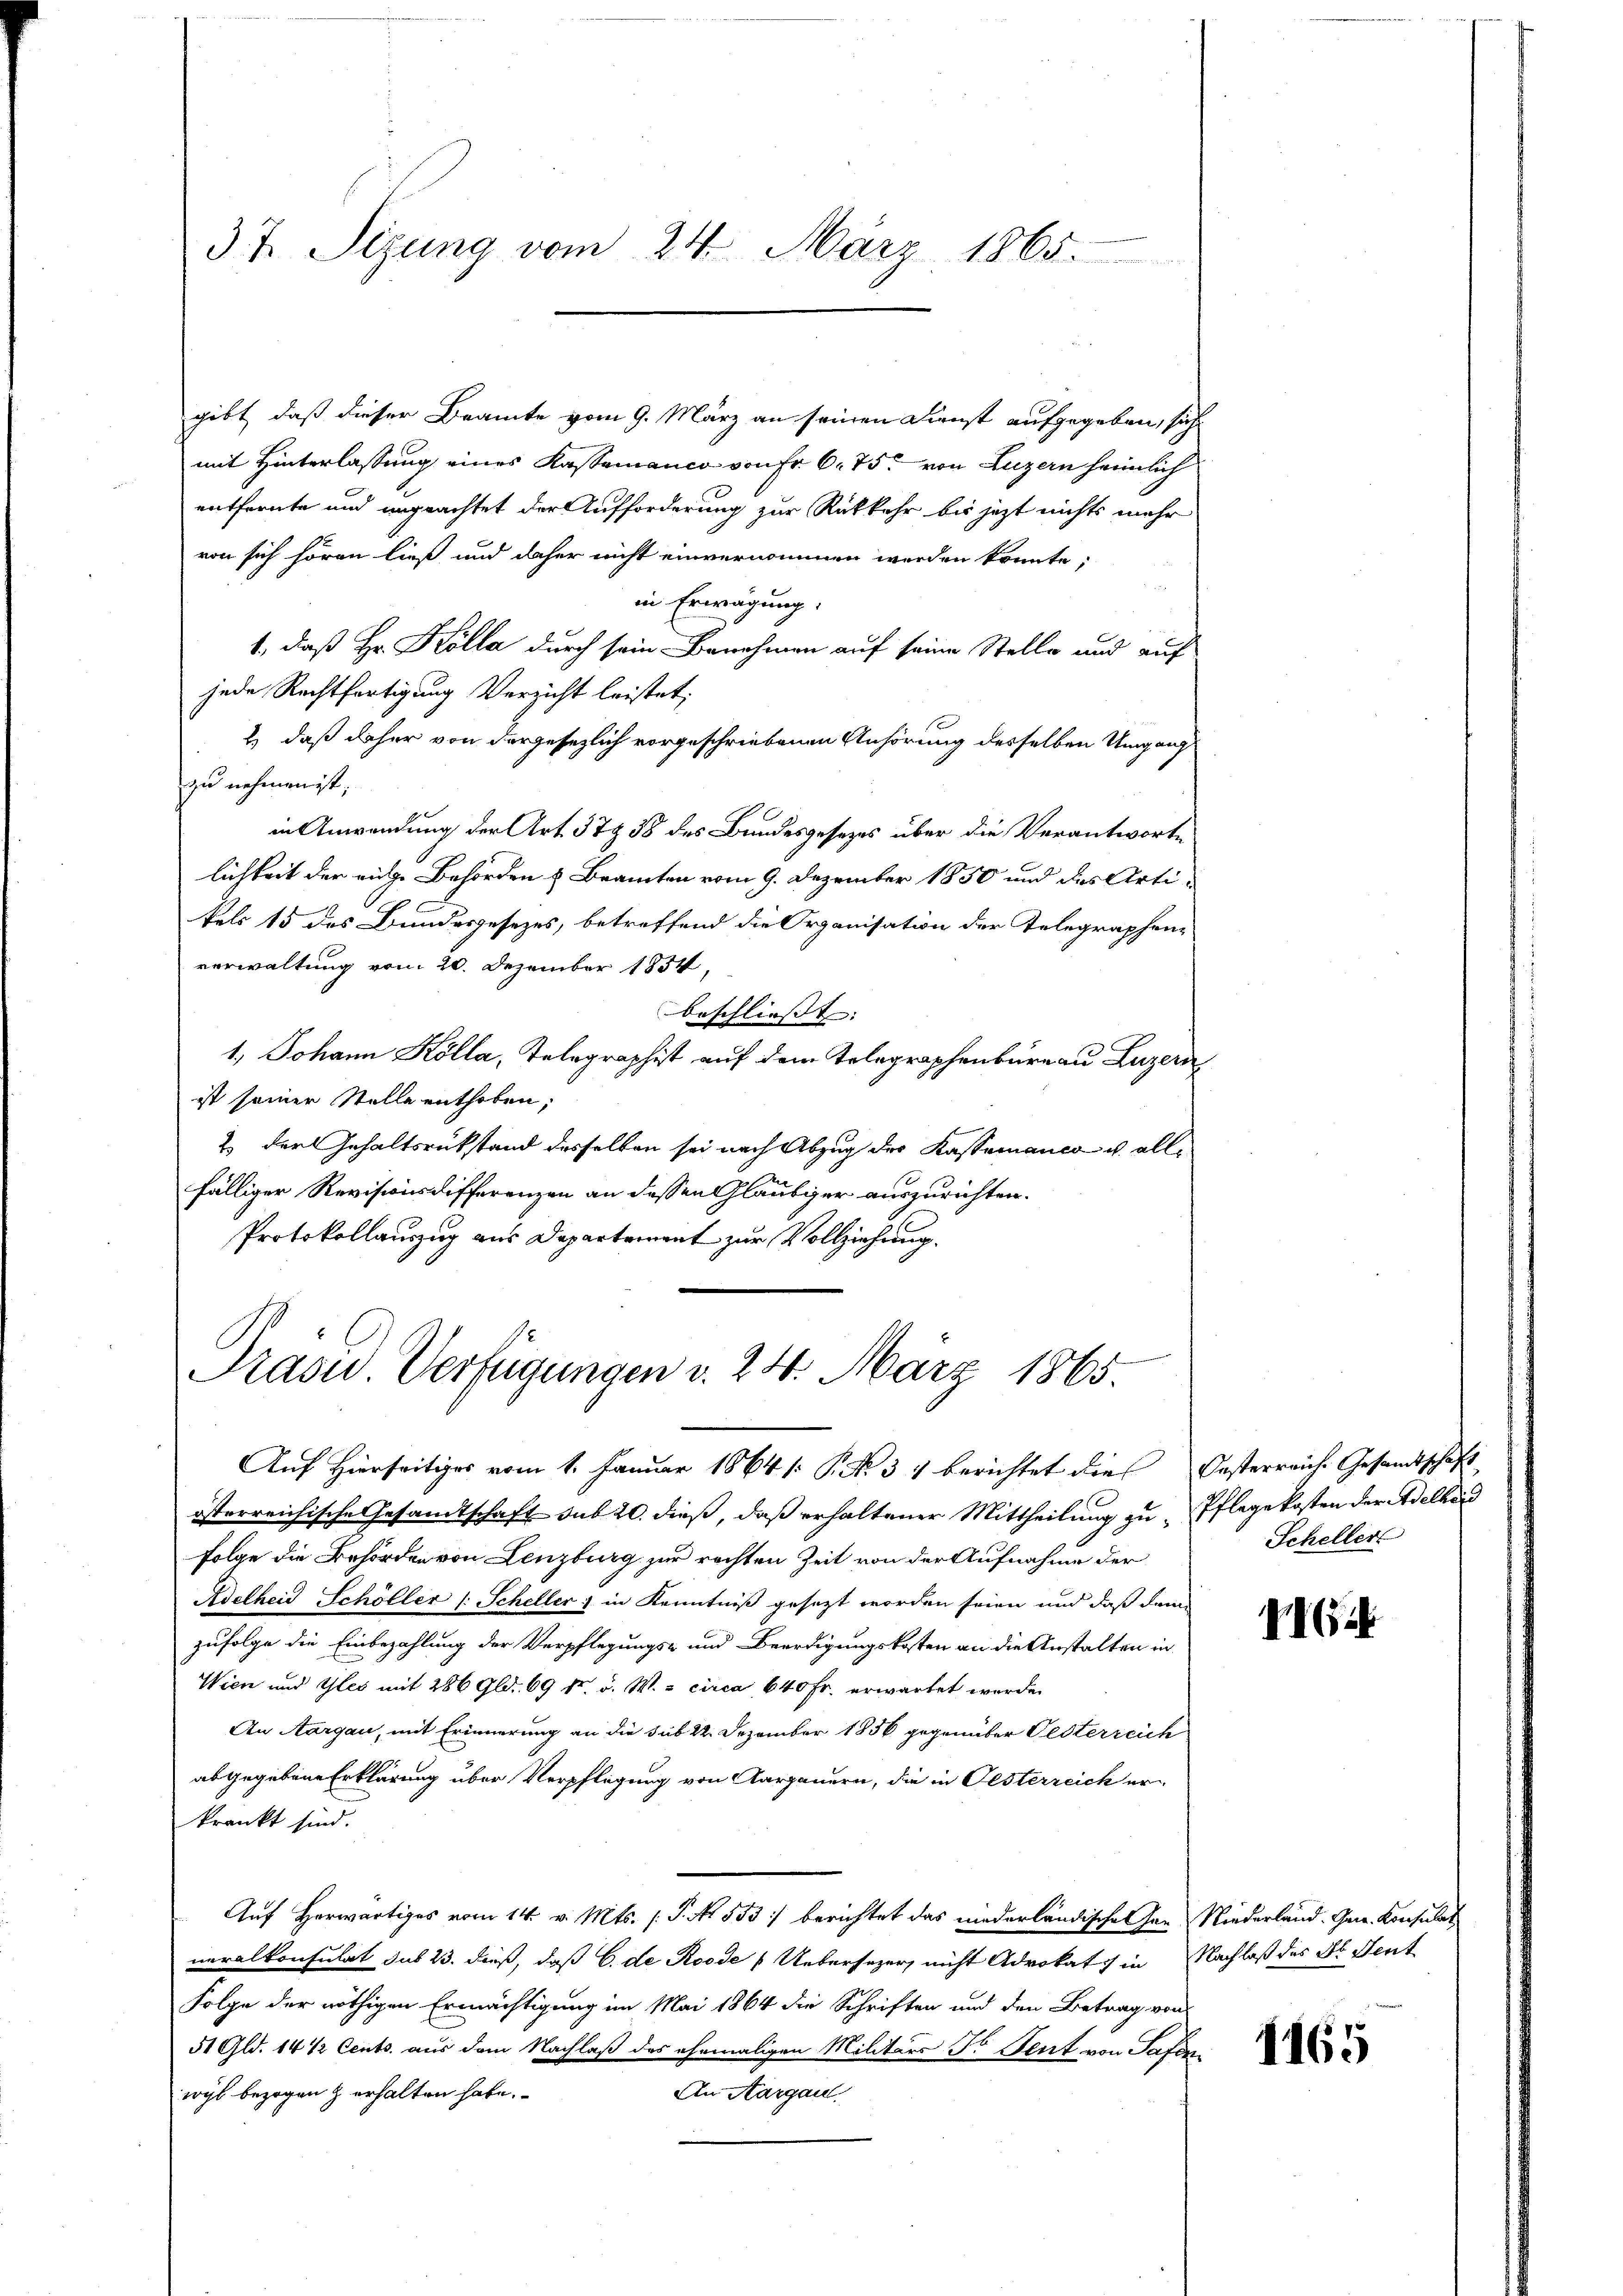
37. Sizung vom 24. März 1865.

gibt, daß dieser Beamte vom 9. März an seinen Dienst aufgegeben, sich
mit Hinterlassung eines Kassamanco von Fr. 6. 75. von Luzern heimlich
entfernte und ungeachtet der Aufforderung zur Rückkehr bis jezt nichts mehr
von sich hören ließ und daher nicht einvernommen werden könnte;
in Erwägung.
1., daß Hr. Kölla durch sein Benehmen auf seine Stelle und auf
jede Rechtfertigung Verzicht leistet;
2) daß daher von dergesezlich vorgeschriebenen Anhörung desselben Umgang
zu nehmen ist,
in Anwendung der Art. 37 38 des Bundesgesetzes über die Verantworte
lichkeit der eige Behörden & Beamten vom 9. Dezember 1850 und das Artikels 15 des Bundesgesezes, betreffend die Organisation der Telegraphen-
verwaltung von 20. Dezember 1854,
beschliesst:
1, Johann Kölla, Telegraphist auf dem Telegraphenbureau Luzern
ist seiner Stelle enthoben;
2. Der Gehaltsrükstand desselben sei nach Abzug der Kassemanco v. allfälliger Revisionsdifferenzen an dessen Gläubiger auszurichten.
Protokollanzug aus Departement zur Vollziehung.

e
Präsid.. Verfügungen v. 24. März 1865.

Auf Hierseitiges vom 1. Januar 1864 /: P. No. 34 berichtet die Oesterreiche Gesandtschaft
österreichische Gesamtschaft sub 20. dieß, daß erhaltener Mittheilung zu Pflege kosten der Adelhei
Folge die Behörden von Lenzburg zur rechten Zeit von der Aufnahme der
Adelheid Schöller /: Scheller) in Kenntniß gesezt worden seien und daß dem
zufolge die Einbezahlung der Verpflegungs- und Beerdigungskosten an die Anstalten in
Wien und Gles mit 286 Gld. 69 fr. v. W. & circa 640 Fr. erwartet werde.
An Aargau, mit Erinnerung an die sub 22. Dezember 1856 gegenüber Oesterreich
abgegebene Erklärung über Verpflegung von Aargauern, die in Oesterreich er-
krankt sind.
Auf Herwärtiges vom 14. v. Mts. (T. No. 533. berichtet das niederländische Her Niederland. Gen. Konsulat
neralkonsulat sub 23. dieß, daß 6. de Roode   Uebersezer, nicht Advokat in Nachlaß des Jb. Sent
Folge der nöthigen Ermächtigung im Mai 1864 die Schriften und den Betrag von
51 Gld. 14 ½ Cents. aus dem Nachlaß des ehemaligen Militärs St. Gent von Safen¬
An Aargau
wyl bezogen & erhalten habe.

Scheller

II6

1165